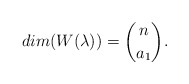
\begin{align*}dim(W(\lambda))= \binom{n}{ a_1}.\end{align*}